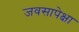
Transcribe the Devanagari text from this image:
जवसापेक्षा